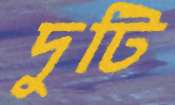
দুটি